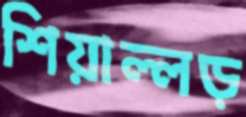
শিয়াল্লড়